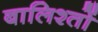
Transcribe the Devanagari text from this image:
बालिश्तों